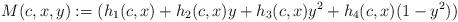
LaTeX: \begin{align*}M(c,x,y):=(h_1(c,x)+h_2(c,x)y+h_3(c,x)y^2+h_4(c,x)(1-y^2))\end{align*}